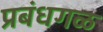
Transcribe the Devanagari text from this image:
प्रबंधगळ